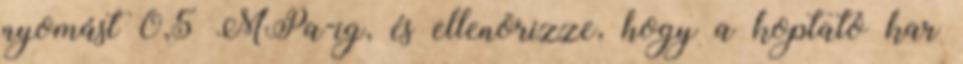
nyomást 0,5 MPa-ig, és ellenõrizze, hogy a koptató kar